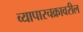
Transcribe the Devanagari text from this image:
व्यापारचक्रावरील